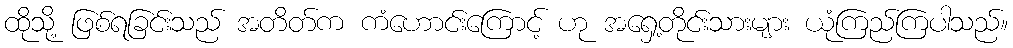
ထိုသို့ ဖြစ်ရခြင်းသည် အတိတ်က ကံဟောင်းကြောင့် ဟု အရှေ့တိုင်းသားများ ယုံကြည်ကြပါသည်။